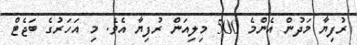
ރުފިޔާ މަދުން އެންމެ 500 މިލިއަން ރުފިޔާ އެވެ. މި އަހަރުގެ ބަޖެޓް